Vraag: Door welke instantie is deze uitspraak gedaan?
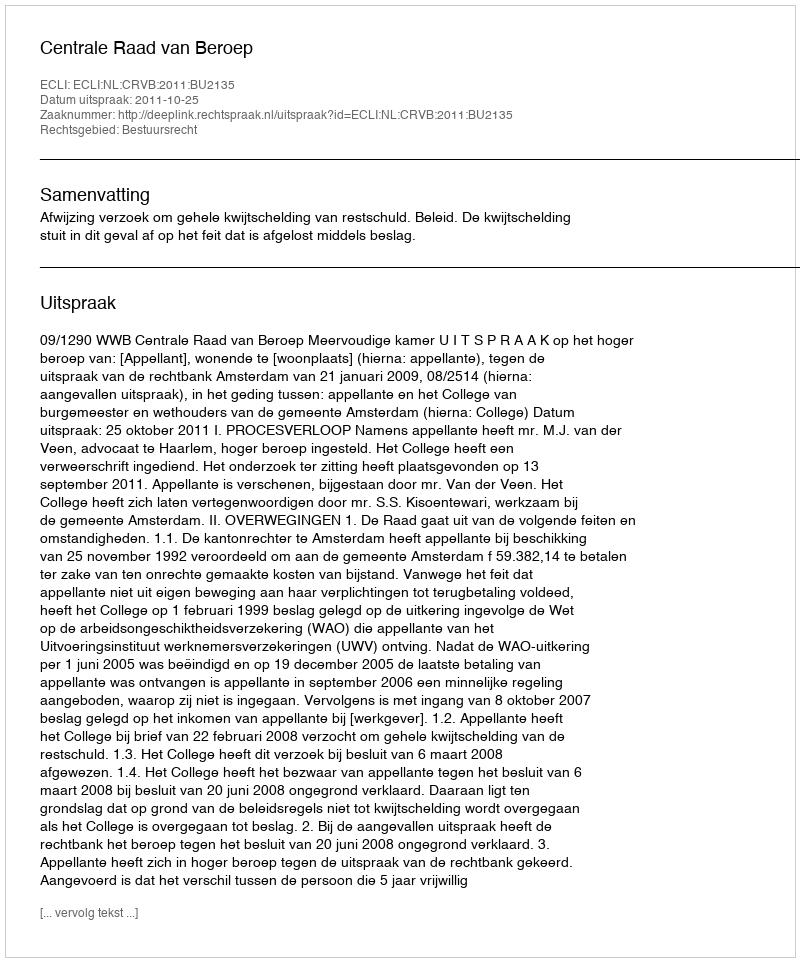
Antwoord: Centrale Raad van Beroep